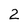
Character: 2